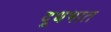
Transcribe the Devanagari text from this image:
दूधभात